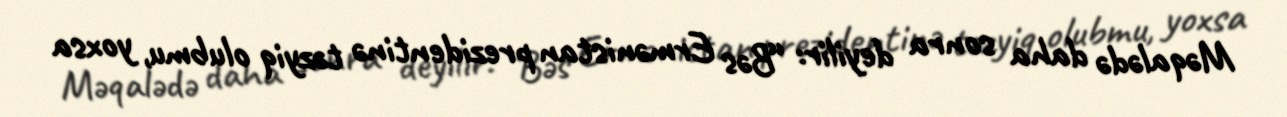
Məqalədə daha sonra deyilir: “Bəs Ermənistan prezidentinə təzyiq olubmu, yoxsa